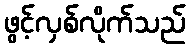
ဖွင့်လှစ်လိုက်သည်